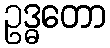
ဥဒ္ဓတော